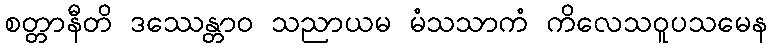
စတ္တာနီတိ ဒဿေန္တာဝ သညာယမ မံသသာကံ ကိလေသဝူပသမေန